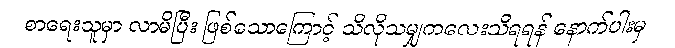
စာရေးသူမှာ လာမိပြီး ဖြစ်သောကြောင့် သိလိုသမျှကလေးသိရရန် နောက်ပါးမှ